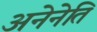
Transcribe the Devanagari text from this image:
अनेनेति